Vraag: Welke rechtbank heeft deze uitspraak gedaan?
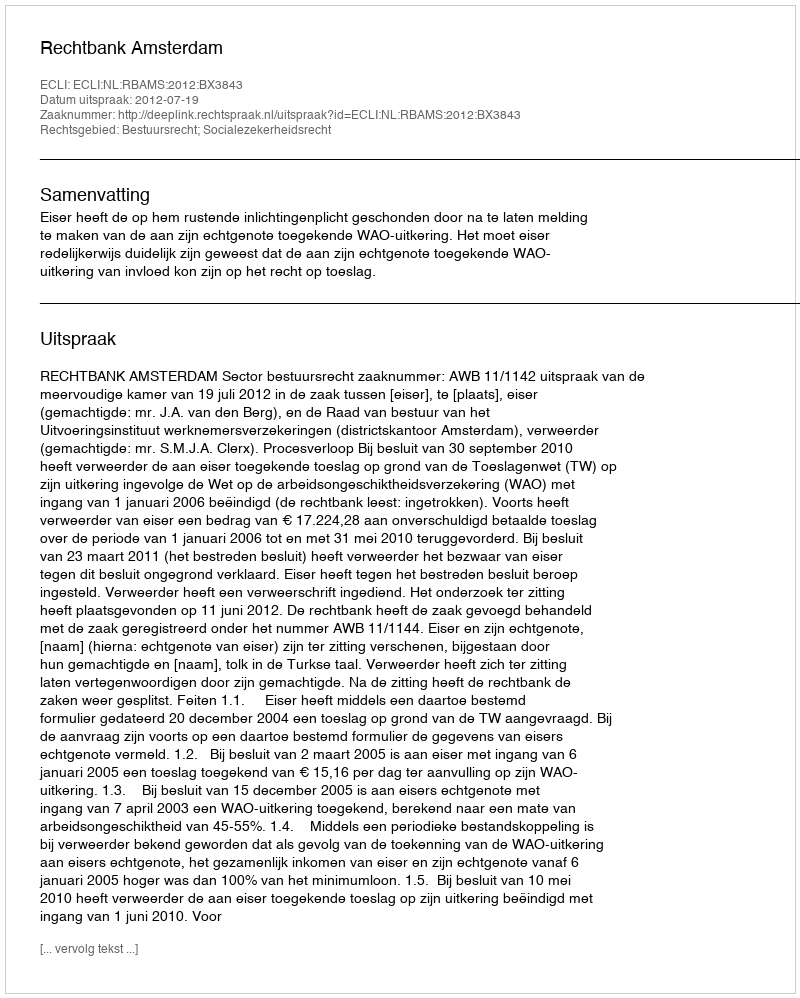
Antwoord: Rechtbank Amsterdam